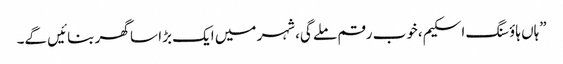
”ہاں ہاؤسنگ اسکیم،خوب رقم ملے گی،شہر میں ایک بڑا سا گھر بنائیں گے۔